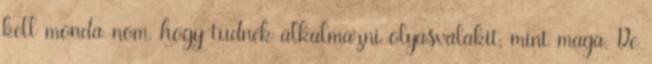
kell monda-nom, hogy tudnék alkalmazni olyasvalakit, mint maga. De